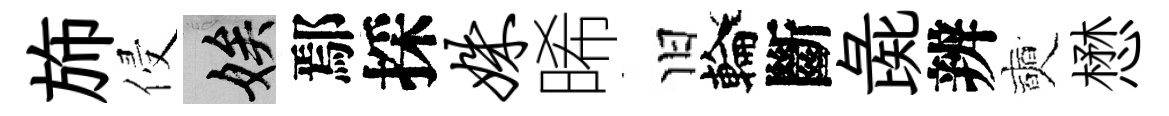
斾侵娭鄢採姝晞旧輪斷彘辨奭懋